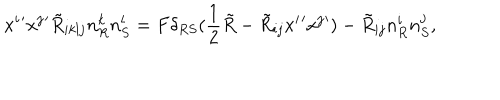
x ^ { i } { ' } x ^ { j } { ' } \tilde { R } _ { i k l j } n _ { R } ^ { k } n _ { S } ^ { l } = F \delta _ { R S } ( \frac { 1 } { 2 } \tilde { R } - \tilde { R } _ { i j } x ^ { i } { ' } x ^ { j } { ' } ) - \tilde { R } _ { i j } n _ { R } ^ { i } n _ { S } ^ { j } ,